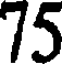
75